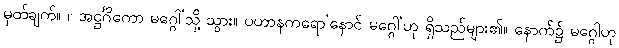
မှတ်ချက်။ ။ အဋ္ဌင်္ဂိကော မဂ္ဂေါ’သို့ သွား။ ပဟာနကရော’နောင် မဂ္ဂေါ’ဟု ရှိသည်များ၏။ နောက်၌ မဂ္ဂေါဟု